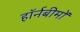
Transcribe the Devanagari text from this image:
हॉर्नबीमों